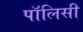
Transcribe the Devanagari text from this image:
पाॅलिसी